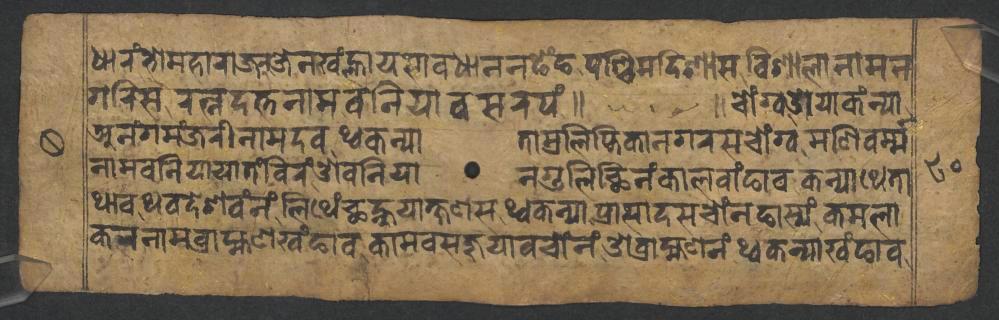
𑐢𑐵𑐬𑑄𑐨𑑀𑐩𑐴𑐵𑐬𑐵𑐖𑐖𑐾𑐣𑐏𑑄𑐮𑑂𑐴𑐵𑐫𑐳𑐵𑐰𑐢𑐵𑐣𑐣𑐒𑐾𑑄𑐒𑐥𑐱𑑂𑐔𑐶𑐩𑐡𑐶𑐱𑐵𑐳𑐰𑐶𑐱𑐵𑐮𑐵𑐣𑐵𑐩𑐣 𑐐𑐬𑐶𑐳𑐬𑐟𑑂𑐣𑐡𑐟𑑂𑐟𑐣𑐵𑐩𑐧𑐣𑐶𑐫𑐵𑐧𑐳𑐬𑐥𑑄𑑌 𑑌𑐔𑑀𑑄𑐐𑑂𑐰𑐌𑐫𑐵𑐎𑑄𑐣𑑂𑐫𑐵 𑐀𑐣𑑄𑐐𑐩𑑄𑐖𑐬𑐷𑐣𑐵𑐩𑐡𑐰𑐠𑑂𑐰𑐎𑐣𑑂𑐫𑐵𑐟𑐵𑐩𑑂𑐬𑐮𑐶𑐥𑑂𑐟𑐶𑐎𑐵𑐣𑐐𑐬𑐳𑐔𑑀𑑄𑐐𑑂𑐰𑐩𑐞𑐶𑐰𑐬𑑂𑐩𑑂𑐩 𑐣𑐵𑐩𑐧𑐣𑐶𑐫𑐵𑐫𑐵𑐟𑑄𑐧𑐶𑐬𑑄𑐌𑐧𑐣𑐶𑐫𑐵𑐣𑐐𑐸𑐮𑐶𑐕𑐶𑐣𑑄𑐎𑐵𑐮𑐰𑑄𑐒𑐵𑐰𑐎𑐣𑑂𑐫𑐵𑐠𑐾𑐟𑐵 𑐠𑐵𑐰𑐠𑐰𑐡𑐾𑐱𑐰𑑄𑐣𑑄𑐮𑐶𑐠𑐾𑑄𑐕𑐣𑑂𑐴𑐸𑐫𑐵𑐎𑑂𑐲𑐞𑐳𑐠𑑂𑐰𑐎𑐣𑑂𑐫𑐵𑐥𑑂𑐬𑐵𑐳𑐵𑐡𑐳𑐔𑑀𑑄𑐣𑐒𑐵𑐳𑑂𑐫𑑄𑐎𑐩𑐮𑐵 𑐎𑐮𑐣𑐵𑐩𑐧𑑂𑐬𑐵𑐴𑑂𑐩𑐞𑐏𑑄𑐒𑐵𑐰𑐎𑐵𑐩𑐰𑐳𑐖𑐸𑐫𑐵𑐰𑐔𑑀𑑄𑐣𑑄𑐌𑐧𑑂𑐬𑐵𑐴𑑂𑐩𑐞𑐣𑑄𑐠𑑂𑐰𑐎𑐣𑑂𑐫𑐵𑐏𑑄𑐒𑐵𑐰